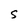
Character: S